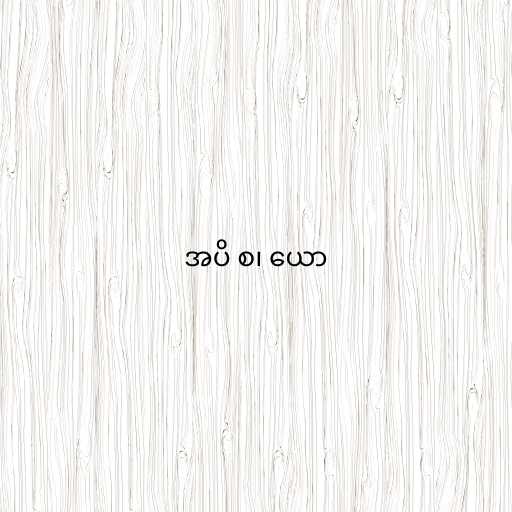
အပိ စ၊ ယော